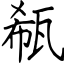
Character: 瓻